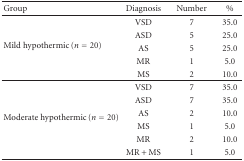
| Group | Diagnosis | Number | % |
 | --- | --- | --- | --- |
 | <ROWSPAN=5> Mild hypothermic (n = 20) | VSD | 7 | 35.0 |
 | ASD | 5 | 25.0 |
 | AS | 5 | 25.0 |
 | MR | 1 | 5.0 |
 | MS | 2 | 10.0 |
 | <ROWSPAN=6> Moderate hypothermic (n = 20) | VSD | 7 | 35.0 |
 | ASD | 7 | 35.0 |
 | AS | 2 | 10.0 |
 | MS | 1 | 5.0 |
 | MR | 2 | 10.0 |
 | MR + MS | 1 | 5.0 |